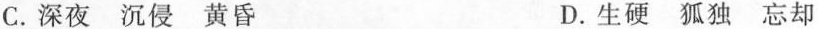
C.深夜 沉侵 黄昏 D.生硬 狐独 忘却